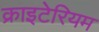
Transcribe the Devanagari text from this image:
क्राइटेरियम